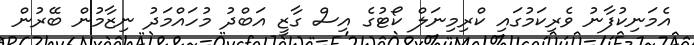
އެމަނިކުފާނު ވެރިކަމުގައި ކްރިމިނަލް ކޯޓުގެ އިސް ގާޒީ އަބްދު މުހައްމަދު ނިޒާމުން ބޭރުން